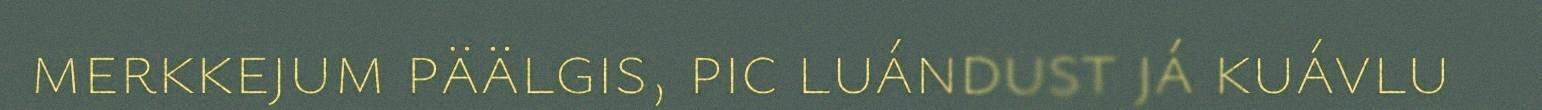
merkkejum päälgis, pic luándust já kuávlu